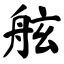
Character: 舷